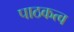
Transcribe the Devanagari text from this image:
पाठकत्व